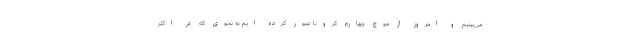
می‌بینیم و امروز از موج چهارم کرونا عبور کرده ایم به نحوی که در اکثر